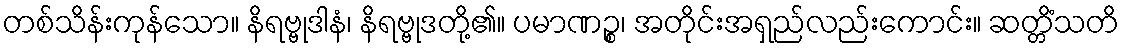
တစ်သိန်းကုန်သော။ နိရဗ္ဗုဒါနံ၊ နိရဗ္ဗုဒတို့၏။ ပမာဏဉ္စ၊ အတိုင်းအရှည်လည်းကောင်း။ ဆတ္တိံသတိ